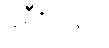
ခရီးသည်